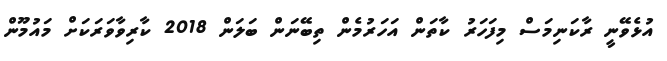
އުޅެވޭނީ ރާކަނިމަސް މިފަހަރު ކާތަން އަހަރުމެން ތިބޭނަން ބަލަން 2018 ކާރިވާވަރަކަށް މައުމޫން